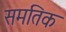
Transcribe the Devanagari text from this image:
समतिक